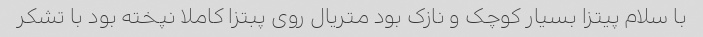
با سلام پیتزا بسیار کوچک و نازک بود متریال روی پبتزا کاملا نپخته بود با تشکر